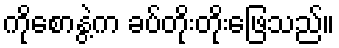
ကိုစောနွဲ့က ခပ်တိုးတိုးဖြေသည်။